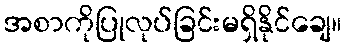
အစာကိုပြုလုပ်ခြင်းမရှိနိုင်ချေ။